Report on lock hospitals in British Burma
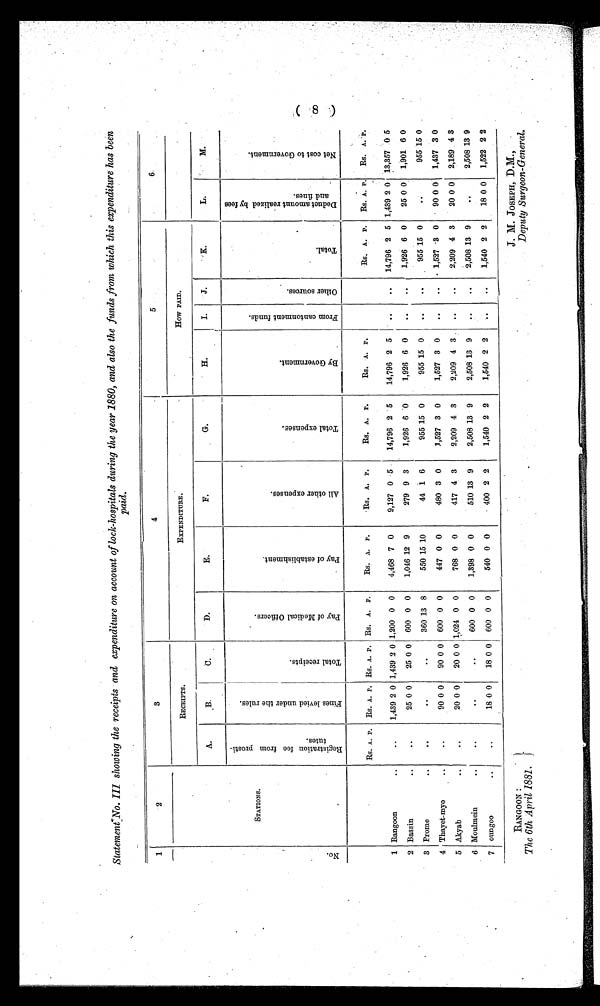
RANGOON The 6th April 1881.
J.
JOSEPH, D.M.,
Deputy Surgeon-General.
Statement No. III showing the receipts and expenditure on account of lock-hospitals during the year 1880, and also the funds from which this expenditure has been
paid.
1
2
3
4
5
6
RECEIPTS.
EXPENDITURE.
How PAID.
A.
B.
C.
D.
E.
F.
G.
H.
I.
J.
K.
L.
M.
STATIONS.
R e g i s t r a t i o n f e e f r o m p r o s t i - t u t e s .
F i n e s l e v i e d u n d e r t h e r u l e s .
T o t a l r e c e i p t s .
P a y o f M e d i c a l O f f i c e r s .
P a y o f e s t a b l i s h m e n t .
A l l o t h e r e x p e n s e s .
T o t a l e x p e n s e s .
B y G o v e r n m e n t .
F r o m c a n t o n m e n t s f u n d s .
O t h e r s s o u r c e s .
T o t a l .
D e d u c t a m o u n t r e a l i z e d b y f e e s a n d f i n e s .
N e t c o s t t o G o v e r n m e n t .
N o
Rs. A. P. Rs. A. P. Rs. A. P. Rs. A. P.
Rs. A. P.
Rs. A. P.
Rs. A. P.
Rs. A. P.
Rs. A. P. Rs. A. P. Rs. A.
P .
1 . Rangoon
..
..
1,439 2 0 1,439 2 0 1,200 0 0
4,468 7 0
9,127 0 5
14,796 2 5
14,796 2 5
..
.. 14,796 2 5 1,439 2 0 13,357 0 5
2 Bassin
..
..
25 0 0
25 0 0 600 0 0
1,046 12 9
279 9 3
1,926 6 0
1,926 6 0
..
..
1,926 6 0
25 0 0 1,901 6 0
3 Prome
..
..
..
..
360 13 8
550 15 10
44 1 6
955 15 0
955 15 0
..
..
955 15 0
..
955 15 0
4 Thayet-myo
..
..
90 0 0
90 0 0 600 0 0
447 0 0
480 3 0
1,527 3 0
1,527 3 0
..
..
1,527 3 0
90 0 0 1,437 3 0
5 Akyab
..
..
20 0 0
20 0 0 1,024 0 0
768 0 0
417 4 3
2,209 4 3
2,209 4 3
..
..
2,209 4 3
20 0 0 2,189 4 3
6 Moulmein
..
..
..
..
600 0 0
1,398 0 0
510 13 9
2,508 13 9
2,508 13 9
..
..
2,508 13 9
..
2 , 5 0 8 13 9
7 oungoo
..
..
18 0 0
18 0 0 600 0 0
540 0 0
400 2 2
1,540 2 2
1,540 2 2
..
1,540 2 2
18 0 0 1,522 2 2
( 8 )